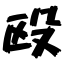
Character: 殴